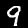
Label: 9